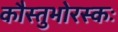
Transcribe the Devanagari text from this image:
कौस्तुभोरस्कः